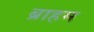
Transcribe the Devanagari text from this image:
ब्राहम